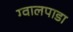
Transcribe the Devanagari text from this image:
ग्वालपाडा